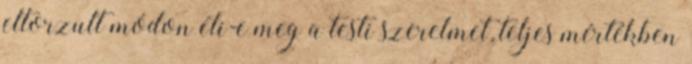
eltorzult módon éli-e meg a testi szerelmet, teljes mértékben